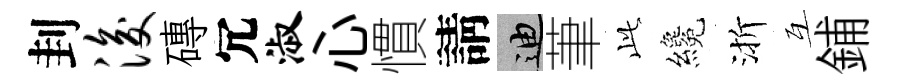
刲浚磚冗淑心慣請迪茟𬼘纔渐互鋪